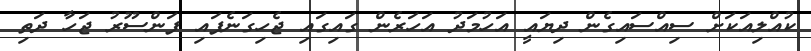
ކުއްލިއަކަށް ސިއްސައިގެން ދިޔައީ އަހުމަދު އަހަރެން ގައިގައި ޖެހިގަނެފައި ފަންސޫރު ޖަހާ ދަތި